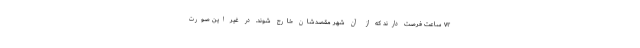
۷۲ ساعت فرصت دارند که از آن شهر مقصدشان خارج شوند. در غیر این صورت